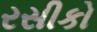
રસીકો